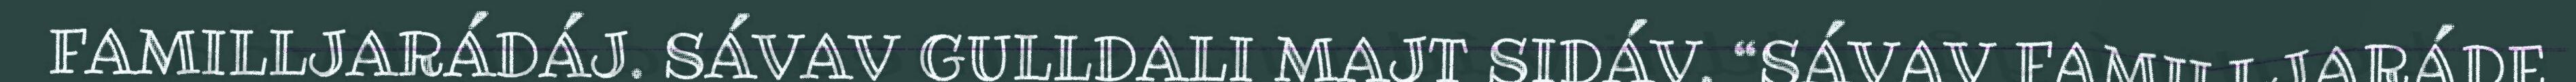
FAMILLJARÁDÁJ. SÁVAV GULLDALI MAJT SIDÁV. “SÁVAV FAMILLJARÁDE